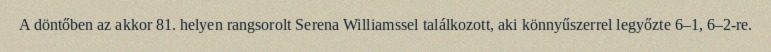
A döntőben az akkor 81. helyen rangsorolt Serena Williamssel találkozott, aki könnyűszerrel legyőzte 6–1, 6–2-re.